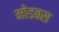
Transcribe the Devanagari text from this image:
मोडबस